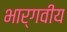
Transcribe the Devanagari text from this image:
भार्गवीय